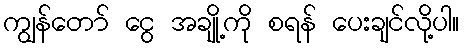
ကျွန်တော် ငွေ အချို့ကို စရန် ပေးချင်လို့ပါ။